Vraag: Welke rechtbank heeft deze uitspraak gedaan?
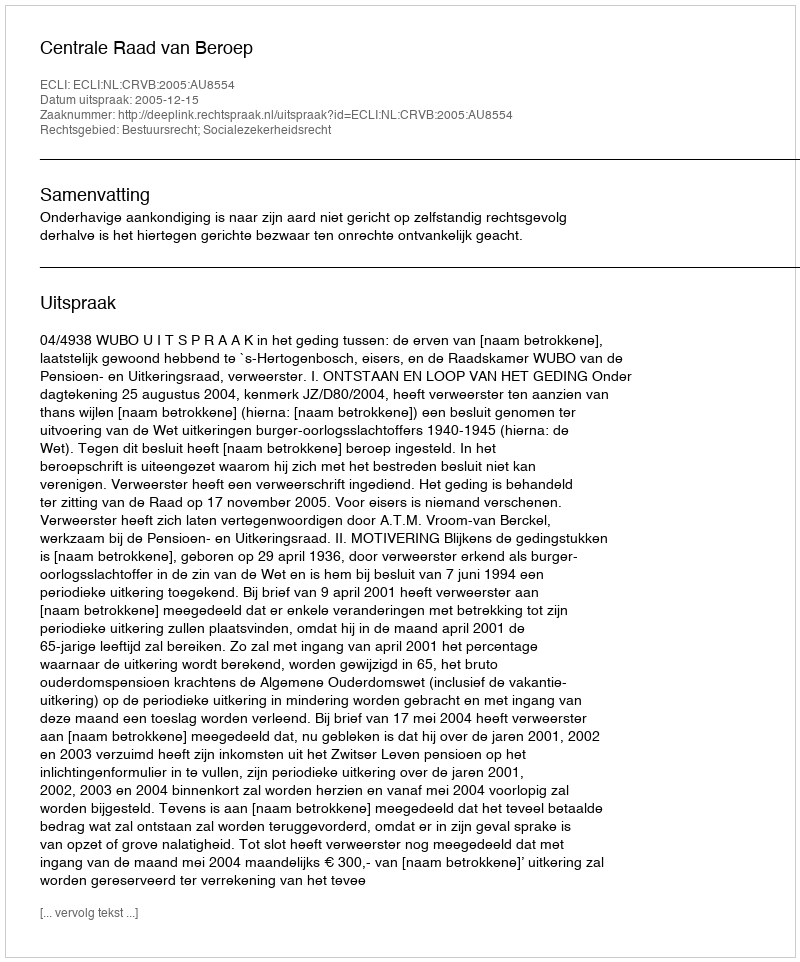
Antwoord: Centrale Raad van Beroep